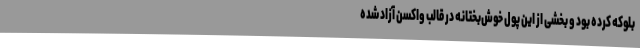
بلوکه کرده بود و بخشی از این پول خوش‌بختانه در قالب واکسن آزاد شده